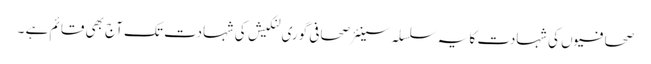
صحافیوں کی شہادت کا یہ سلسلہ سینئر صحافی گوری لنکیش کی شہادت تک آج بھی قائم ہے ۔